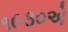
૧૯૩૦એ